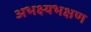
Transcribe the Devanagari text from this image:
अभक्ष्यभक्षण